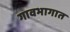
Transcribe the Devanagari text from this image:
गावभागात